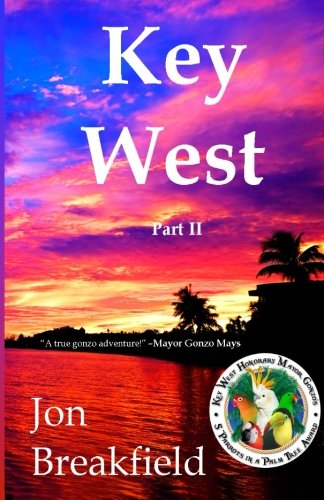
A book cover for Key West: Part II (Volume 2); Jon Breakfield; Travel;